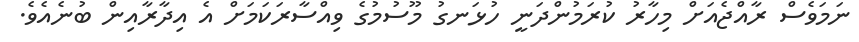
ނަމަވެސް ރާއްޖެއަށް މިހާރު ކުރަމުންދަނީ ހުޅަނގު މޫސުމުގެ ވިއްސާރަކަމަށް އެ އިދާރާއިން ބުނެއެވެ.